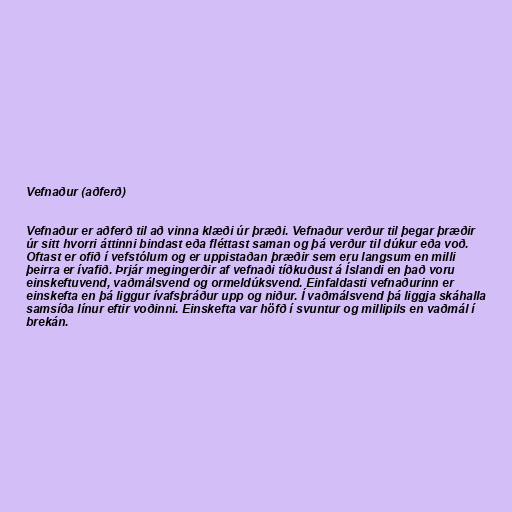
Vefnaður (aðferð)

Vefnaður er aðferð til að vinna klæði úr þræði. Vefnaður verður til þegar þræðir
úr sitt hvorri áttinni bindast eða fléttast saman og þá verður til dúkur eða voð.
Oftast er ofið í vefstólum og er uppistaðan þræðir sem eru langsum en milli
þeirra er ívafið. Þrjár megingerðir af vefnaði tíðkuðust á Íslandi en það voru
einskeftuvend, vaðmálsvend og ormeldúksvend. Einfaldasti vefnaðurinn er
einskefta en þá liggur ívafsþráður upp og niður. Í vaðmálsvend þá liggja skáhalla
samsíða línur eftir voðinni. Einskefta var höfð í svuntur og millipils en vaðmál í
brekán.